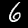
Label: 6